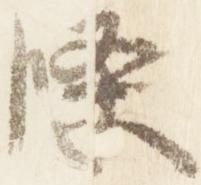
条